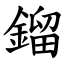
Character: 鎦